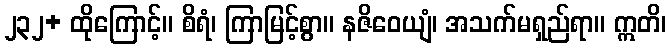
၂၃၂+ ထိုကြောင့်။ စိရံ၊ ကြာမြင့်စွာ။ နဇိဝေယျံ၊ အသက်မရှည်ရာ။ ဣတိ၊